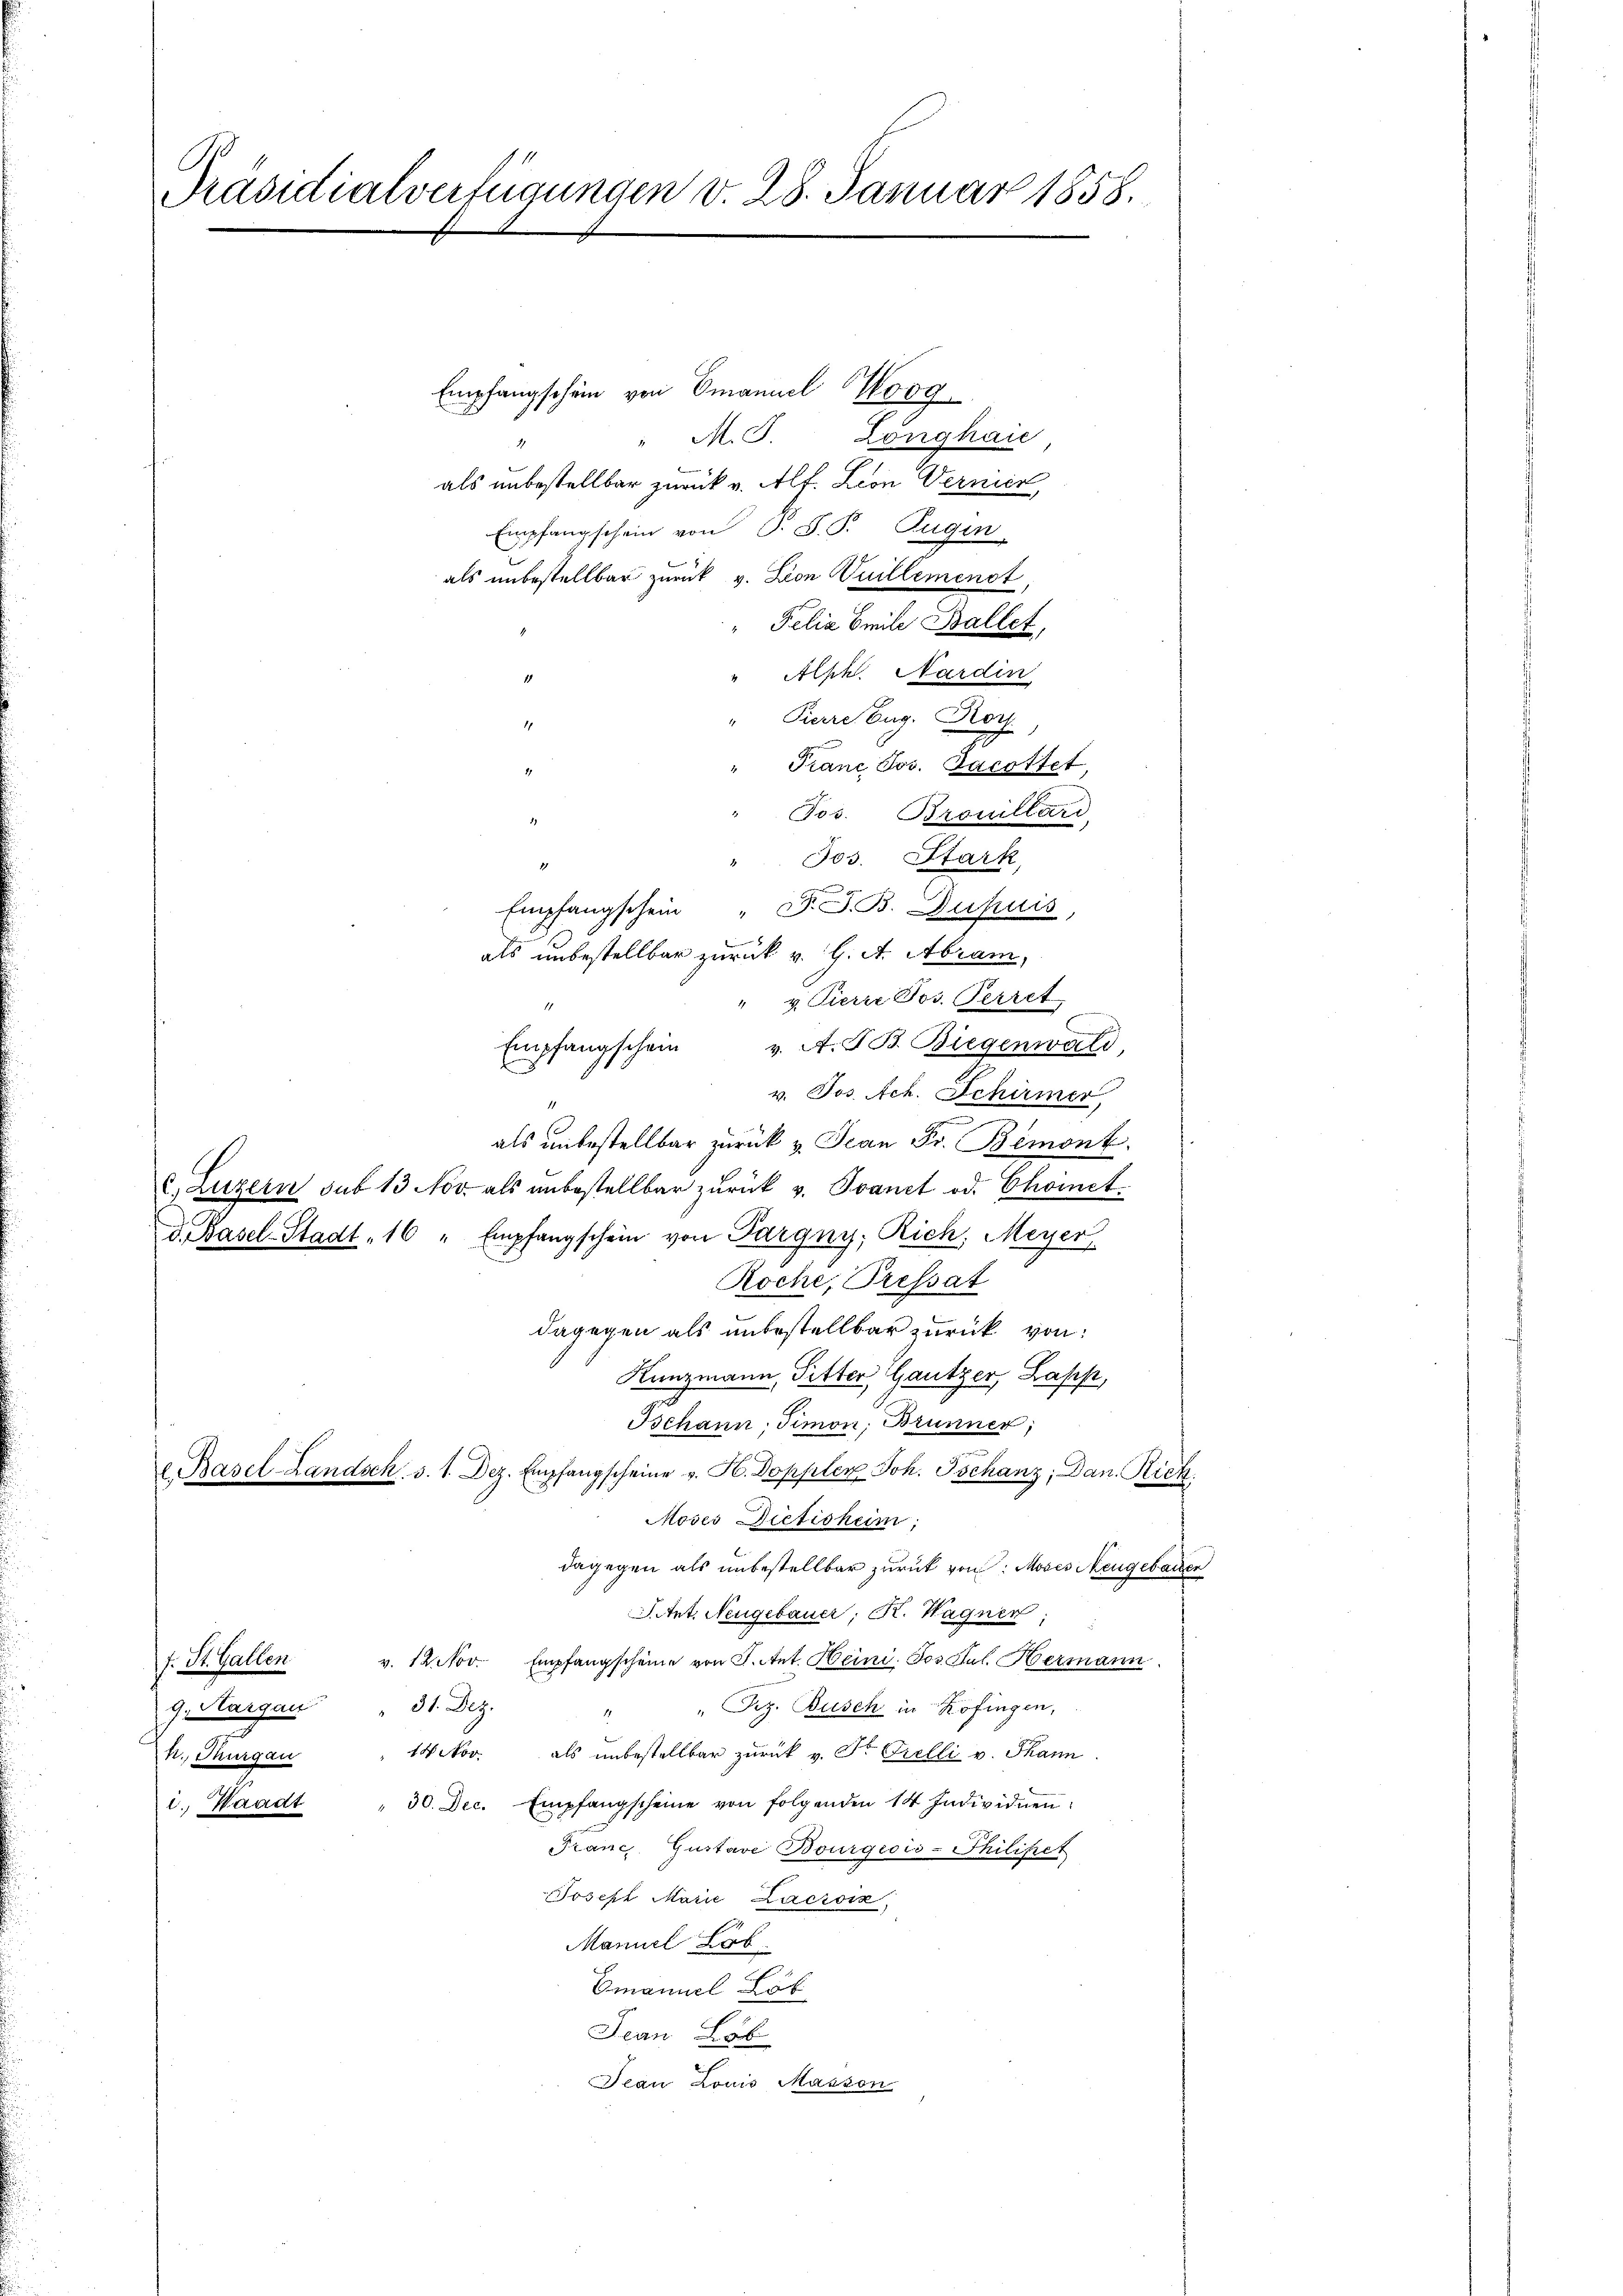
l

Präsidialverfügungen v. 28. Januar 1858.

h., Thurgau

Empfangschein von Omanuel Koog
" M. J. Longhaie
als unbestellbar zurück v. Alf. Leon Vernien,
Empfangschein von P. S. P. Pugin
als unbestellbar zurück v. Leon Suillemenst,
Felix Emile Ballet,
" Alph. Mardin
" Pierre Eug. Kort
Franz Jos. Jacottet,
" Jos. Brouillard,
d
2
v. Jos. Ach. Schürmer
e
als unbestellbar zurück u. Jean Fr. Bemont.
c) Luzern sub 13 Nov. als unbestellbar zurück v. Ivanet od. Choinetd. Basel-Stadt 16 " Empfangschein von Pargny, Rich, Meyer
Roche, Pressat
dagegen als unbestellbar zurück von:
Kunzmann, Pitter Gautzer, Lask,
Bchann, Simon, Brunner,
 Basel-Landsch. 3. 1. Dez. Empfangscheine v. H. Doppler Joh. Tschanz; Dan. Rich
Moses Dietisheim;
dagegen als unbestellbar zurück von: Moses Neugebauer
Seitet. Neugebauer, K. Wagner
f. St. Gallen v. 12. Nov. Empfangscheine von J. Ant. Heini, Jos. Jul. Hermann.
9. Margau 31. Dez.
" " Piz. Busch in Kofingen,
14 Nov. als unbestellbar zurück v. Dr. Grelli v. Thann
30. Dec. Empfangscheine von folgenden 14 Individuen
tt
Franc, Gustave Bourgeois-Philipet
Joseph Marie Lacroix,
Manuel Lob
Emanuel Lob
Jean Lob
Jean Louis Masson

1

1

2.

11

" Jos. Stark
Empfangschein " F. J. B. Dupuis,
als unbestellbar zurück v. J. A. Abram,
" u Tierer Jos. Perret
Empfangschein u. A. F. B. Biegenwald,